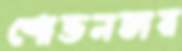
শোভনতার